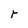
Character: r